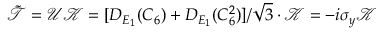
\mathcal { \tilde { T } } = \mathcal { U K } = [ D _ { E _ { 1 } } ( C _ { 6 } ) + D _ { E _ { 1 } } ( C _ { 6 } ^ { 2 } ) ] / \sqrt { 3 } \cdot \mathcal { K } = - i \sigma _ { y } \mathcal { K }